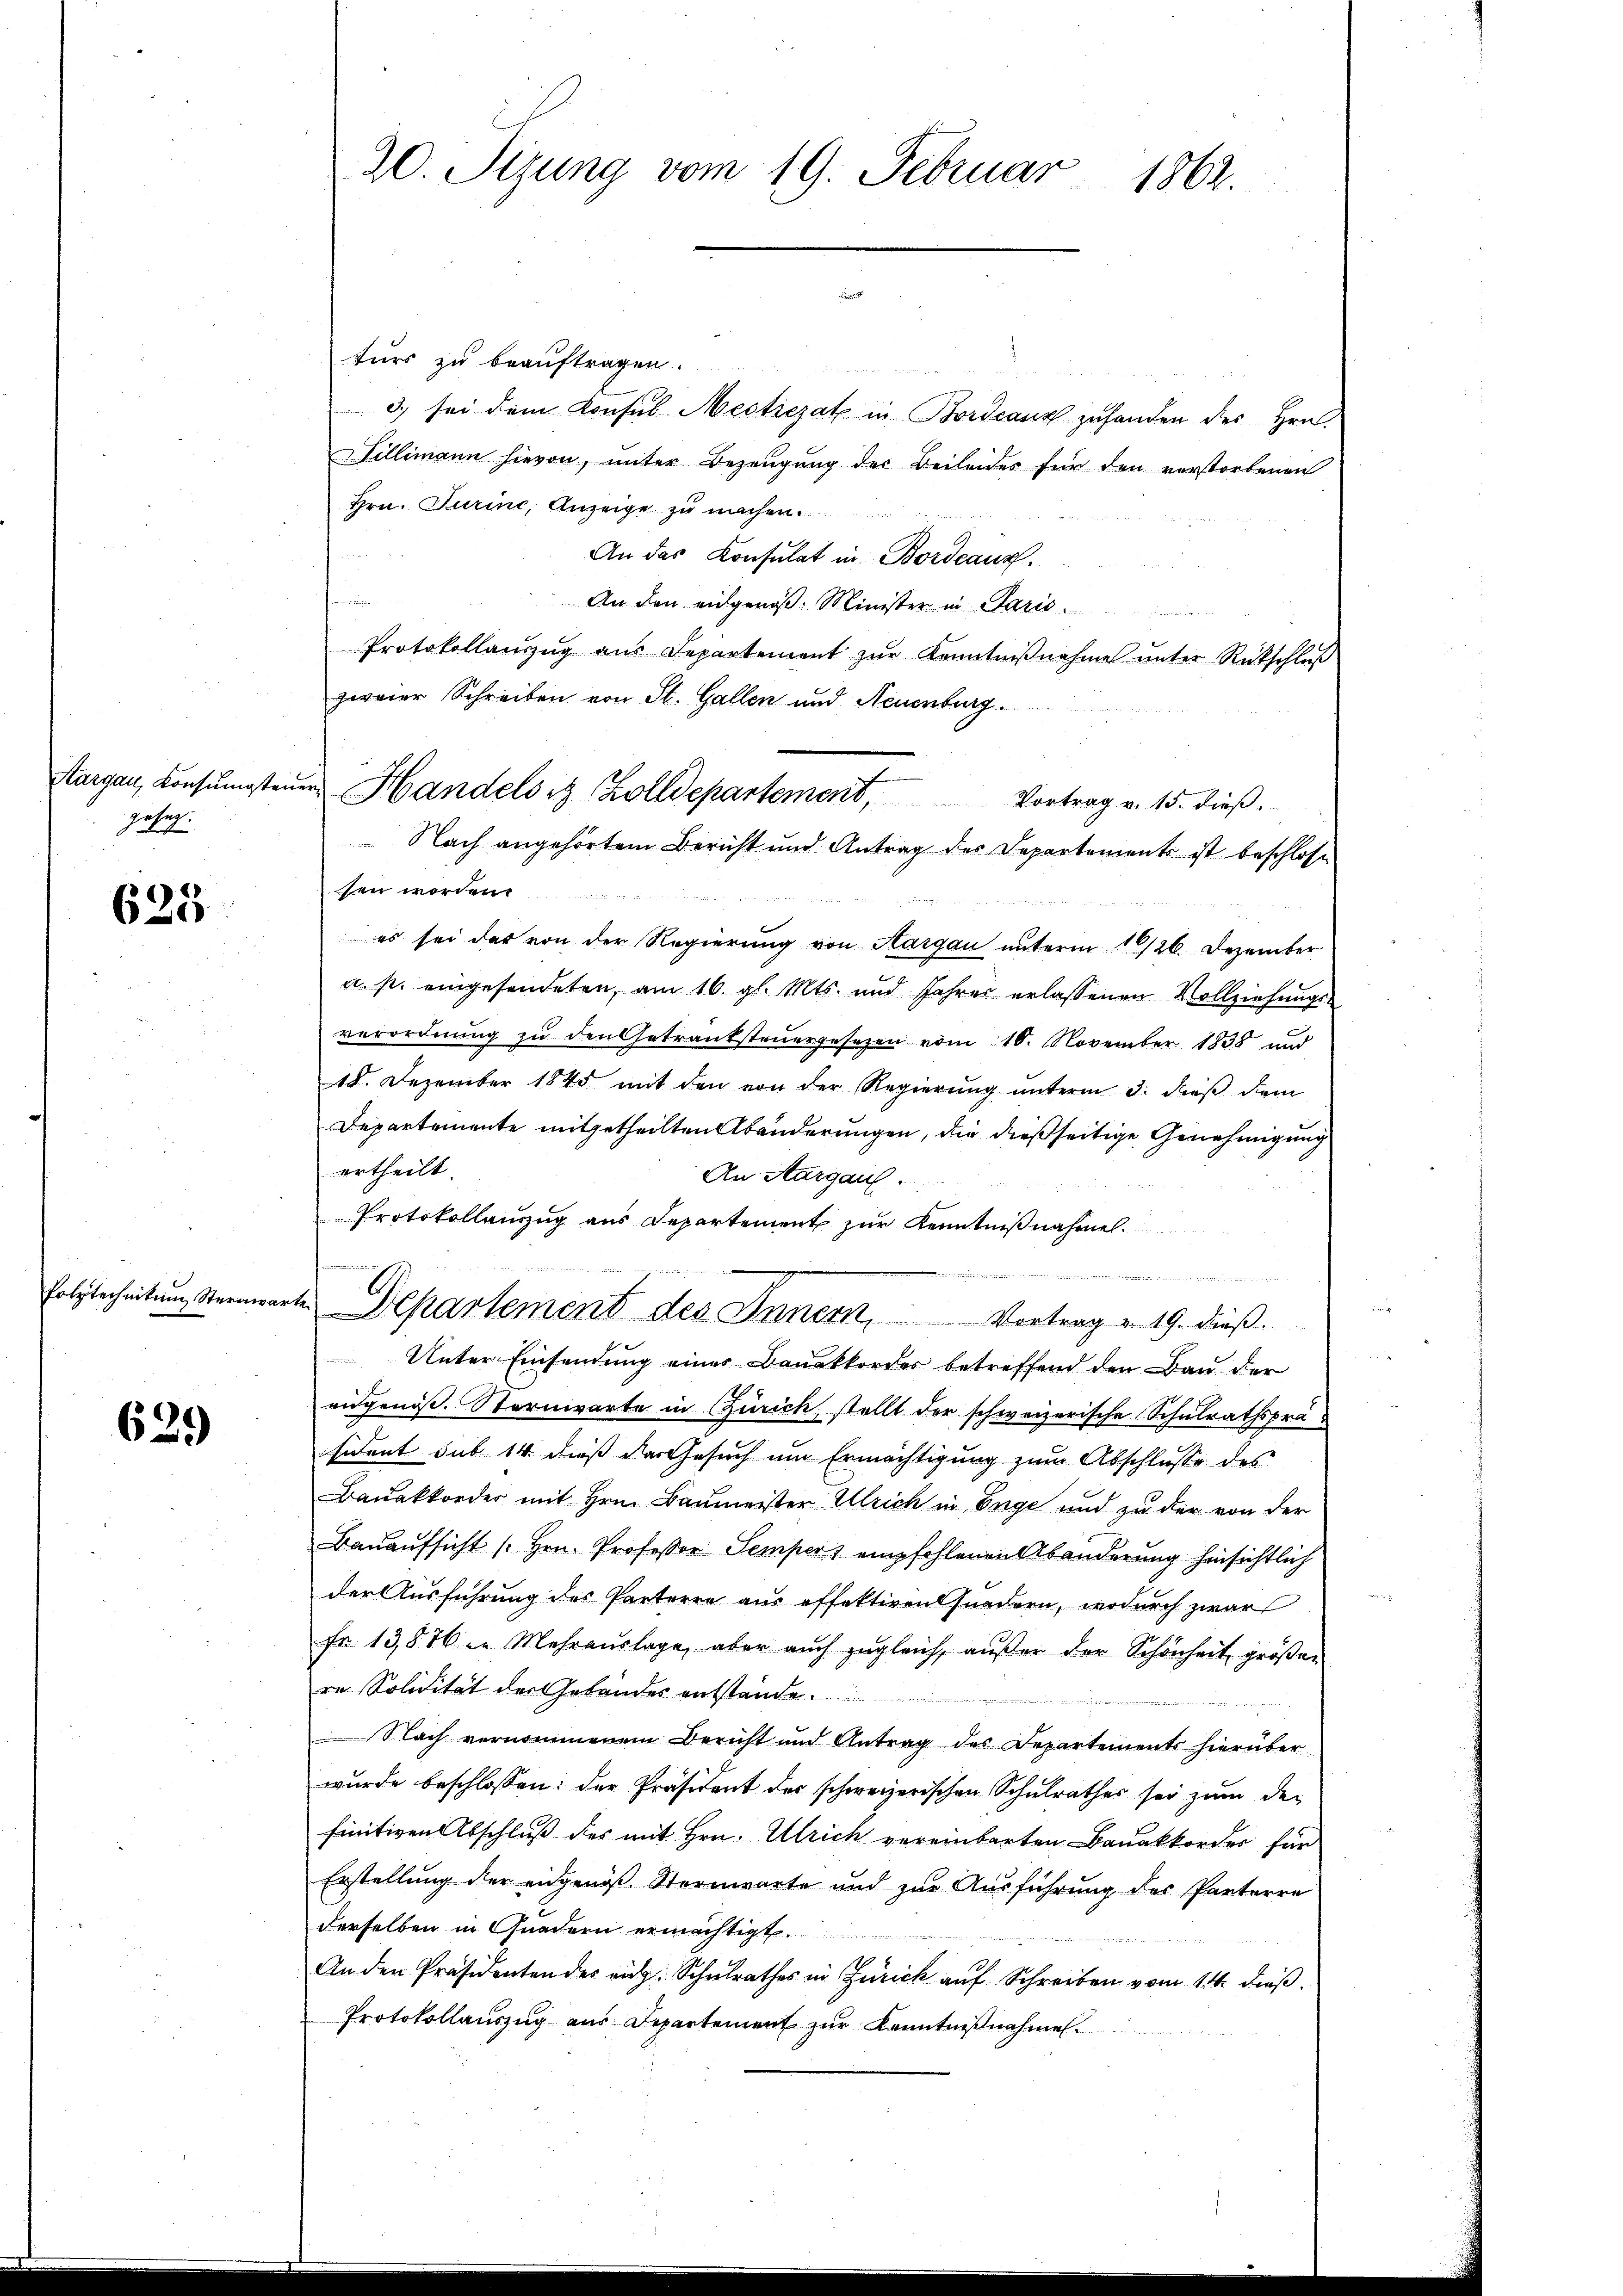
Hargau, Konsungsten
gehn.

623

folytechnikum Sternwar

629

20. Sizung vom 19. Februar 1862.

Diesen
turs zu beauftragen.
3) sei dem Konsul Mestiejat in Bordeanz zuhanden des Hrn.
Tillimann hievon, unter Bezeugung der Beileides für den verstorbenen
Hrn. Turine, Anzeige zu machen.
An das Konsulat in Bordeaux.
An den eidgenoß: Minister in Paris
Protokollanzŭg aŭs Departement zŭr Kenntniβnahme ŭnter Rückschlŭβ
zweier Schreiben von St. Gallen und Neuenburg.
Nach angehörtem Bericht und Antrag des Departements ist beschlosse
sen worden.
es sei der von der Regierung von Aargau unterm 1/26. Dezember
a. s. eingesendeten, am 16. gl. Mts. und Jahres erlassenen Vollziehungs-
verordnung zu den Getranksteuergesetzen vom 10. November 1838 und
18. Dezember 1845 mit den von der Regierung unterm 3. dieß dem
Departemente mitgetheilten Abänderungen, die dießseitige Genehmigung
ertheilt.
An Aargau.
Protokollanzug aus Departement zur Kenntnißnahme.
a
e
r
i. Departement des Inner, Vortrag v. 19. dieß.
Unter Einsendung einer Bauakkordes betreffend den Bau der
eidgenoß. Sternwarte in Zürich, stellt der schweizerische Schulrathspräsident sub 14. dieß der Gesuch um Ermächtigung zum Abschlusse des
Bauakkorder mit Hrn. Baumeister Ulrich in Enge und zu der von der
Bauaufsicht / Hrn. Professor Semper empfohlenen Abänderung hinsichtlich
der Ausführung des Parterre aus effektivent fundern, wodurch zwar
Fr. 13876 in Mehrauslage, aber auch zugleich, außer der Schönheit größer
ra Solidität der Gebäudes entstände.
Nach vernommenem Bericht und Antrag des Departements hierüber
wurde beschlossen: der Präsident des schweizerischen Schulrathes sei zum der
finitiven Abschluß des mit Hrn. Ulrich vereinbarten Bauakkorder für
Erstellung der eidgenöß Sternwarte und zŭr Aŭsführung des Parterre
derselben in Gnadern ermächtigt.
An den Präsidenten des rich. Schulrathes in Zürich auf Schreiben vom 14. dieß
Protokollauszug aus Departement zur Kenntnißnahme

u Handels Zolldepartement, Vortrag v. 15. dieβ.